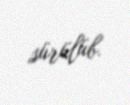
sürülüb.